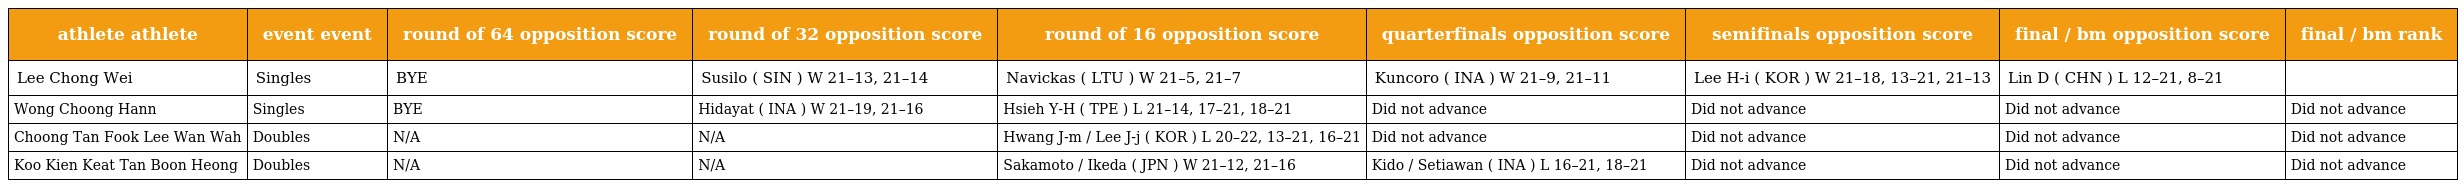
| athlete athlete | event event | round of 64 opposition score | round of 32 opposition score | round of 16 opposition score | quarterfinals opposition score | semifinals opposition score | final / bm opposition score | final / bm rank |
 | --- | --- | --- | --- | --- | --- | --- | --- | --- |
 | Lee Chong Wei | Singles | BYE | Susilo ( SIN ) W 21–13, 21–14 | Navickas ( LTU ) W 21–5, 21–7 | Kuncoro ( INA ) W 21–9, 21–11 | Lee H-i ( KOR ) W 21–18, 13–21, 21–13 | Lin D ( CHN ) L 12–21, 8–21 |  |
 | Wong Choong Hann | Singles | BYE | Hidayat ( INA ) W 21–19, 21–16 | Hsieh Y-H ( TPE ) L 21–14, 17–21, 18–21 | Did not advance | Did not advance | Did not advance | Did not advance |
 | Choong Tan Fook Lee Wan Wah | Doubles | N/A | N/A | Hwang J-m / Lee J-j ( KOR ) L 20–22, 13–21, 16–21 | Did not advance | Did not advance | Did not advance | Did not advance |
 | Koo Kien Keat Tan Boon Heong | Doubles | N/A | N/A | Sakamoto / Ikeda ( JPN ) W 21–12, 21–16 | Kido / Setiawan ( INA ) L 16–21, 18–21 | Did not advance | Did not advance | Did not advance |